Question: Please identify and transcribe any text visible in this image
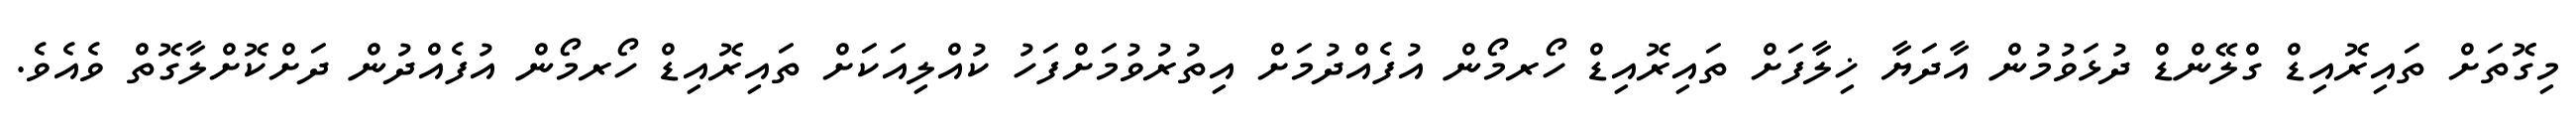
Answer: މިގޮތަށް ތައިރޮއިޑް ގްލޭންޑް ދުޅަވުމުން އާދަޔާ ޚިލާފަށް ތައިރޮއިޑް ހޯރމޯން އުފެއްދުމަށް އިތުރުވުމަށްފަހު ކުއްލިއަކަށް ތައިރޮއިޑް ހޯރމޯން އުފެއްދުން ދަށްކޮށްލާގޮތް ވެއެވެ.